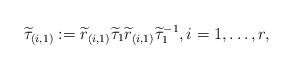
LaTeX: \begin{align*}\widetilde{\tau}_{(i,1)}:=\widetilde{r}_{{(i,1)}}\widetilde{\tau}_{1}\widetilde{r}_{{(i,1)}}\widetilde{\tau}_{1}^{-1},i=1,\dots, r,\end{align*}